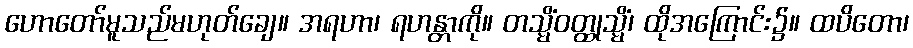
ဟောတော်မူသည်မဟုတ်ချေ။ အရဟာ၊ ရဟန္တာကို။ တသ္မိံဝတ္ထုသ္မိံ၊ ထိုအကြောင်း၌။ ထပိတော၊